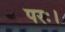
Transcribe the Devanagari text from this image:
परः।